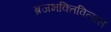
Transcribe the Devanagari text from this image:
ब्रजभक्तिविलास